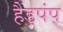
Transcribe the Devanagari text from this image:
हैंड़पंप